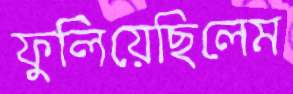
ফুলিয়েছিলেম